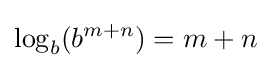
\log _{b}(b^{m+n})=m+n